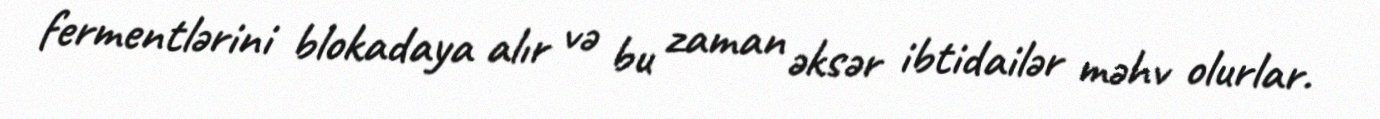
fermentlərini blokadaya alır və bu zaman əksər ibtidailər məhv olurlar.